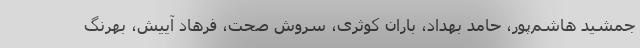
جمشید هاشم‌پور، حامد بهداد، باران کوثری، سروش صحت، فرهاد آییش، بهرنگ